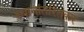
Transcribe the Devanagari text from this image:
स्थानांतरितकर